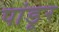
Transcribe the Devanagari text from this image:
पांडूर